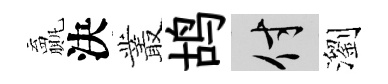
贏決叢鸪付瀏